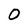
Character: 0